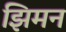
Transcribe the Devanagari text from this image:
झिमन